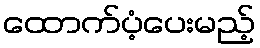
ထောက်ပံ့ပေးမည့်